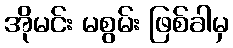
အိုမင်း မစွမ်း ဖြစ်ခါမှ